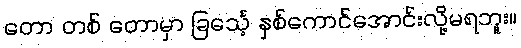
တော တစ် တောမှာ ခြင်္သေ့ နှစ်ကောင်အောင်းလို့မရဘူး။